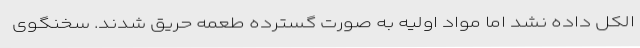
الکل داده نشد اما مواد اولیه به صورت گسترده طعمه حریق شدند. سخنگوی